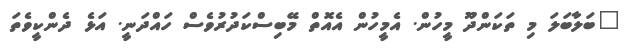
"ބަލާބަލަ މި ތަކަންދޫ މީހުން. އެމީހުން އެއޮތް މޭބިސްކަދުރުވެސް ހައްދަނީ. އަޅެ ދެންކީވެތަ